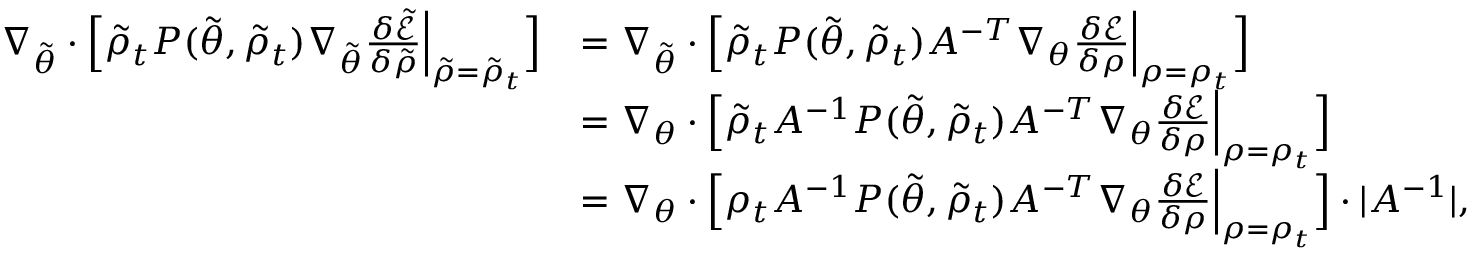
\begin{array} { r l } { \nabla _ { \tilde { \theta } } \cdot \Bigl [ \tilde { \rho } _ { t } P ( \tilde { \theta } , \tilde { \rho } _ { t } ) \nabla _ { \tilde { \theta } } \frac { \delta \tilde { \mathcal { E } } } { \delta \tilde { { \rho } } } \Bigr | _ { \tilde { \rho } = \tilde { \rho } _ { t } } \Bigr ] } & { = \nabla _ { \tilde { \theta } } \cdot \Bigl [ \tilde { \rho } _ { t } P ( \tilde { \theta } , \tilde { \rho } _ { t } ) A ^ { - T } \nabla _ { \theta } \frac { \delta \mathcal { E } } { \delta { \rho } } \Bigr | _ { \rho = \rho _ { t } } \Bigr ] } \\ & { = \nabla _ { \theta } \cdot \Bigl [ \tilde { \rho } _ { t } A ^ { - 1 } P ( \tilde { \theta } , \tilde { \rho } _ { t } ) A ^ { - T } \nabla _ { \theta } \frac { \delta \mathcal { E } } { \delta { \rho } } \Bigr | _ { \rho = \rho _ { t } } \Bigr ] } \\ & { = \nabla _ { \theta } \cdot \Bigl [ \rho _ { t } A ^ { - 1 } P ( \tilde { \theta } , \tilde { \rho } _ { t } ) A ^ { - T } \nabla _ { \theta } \frac { \delta \mathcal { E } } { \delta { \rho } } \Bigr | _ { \rho = \rho _ { t } } \Bigr ] \cdot | A ^ { - 1 } | , } \end{array}